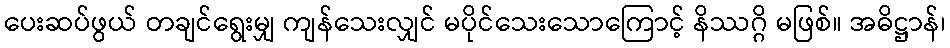
ပေးဆပ်ဖွယ် တချင်ရွေးမျှ ကျန်သေးလျှင် မပိုင်သေးသောကြောင့် နိဿဂ္ဂိ မဖြစ်။ အဓိဋ္ဌာန်၊